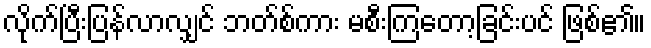
လိုက်ပြီးပြန်လာလျှင် ဘတ်စ်ကား မစီးကြတော့ခြင်းပင် ဖြစ်၏။